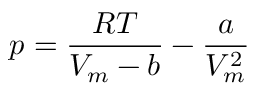
p = { \frac { R T } { V _ { m } - b } } - { \frac { a } { V _ { m } ^ { 2 } } }